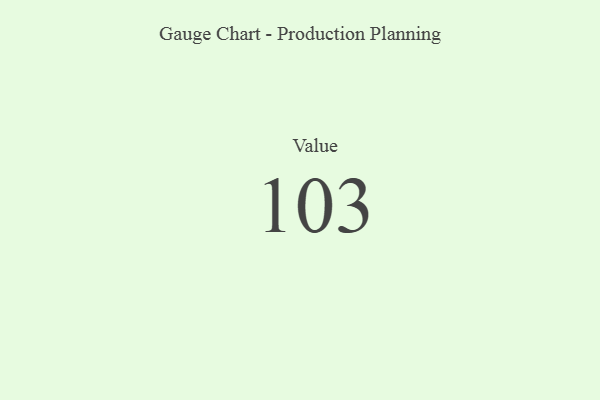
{"axis": {"x": "Metric", "y": "Value"}, "legend": [""], "data": [{"x": "Value", "y": 103, "type": ""}]}